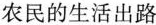
农民的生活出路